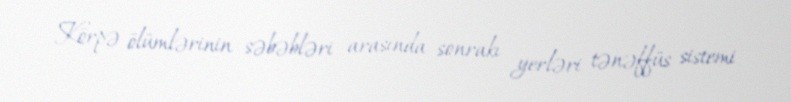
Körpə ölümlərinin səbəbləri arasında sonrakı yerləri tənəffüs sistemi